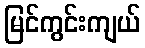
မြင်ကွင်းကျယ်